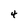
Character: 4